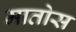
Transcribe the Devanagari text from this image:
मातोस